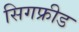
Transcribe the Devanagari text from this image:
सिगफ्रीड